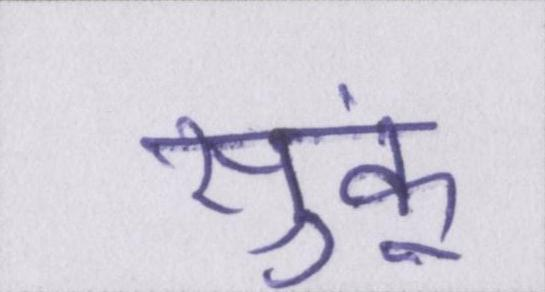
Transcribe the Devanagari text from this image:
सुकूं